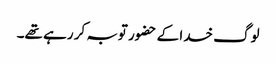
لوگ خدا کے حضور توبہ کر رہے تھے۔